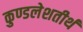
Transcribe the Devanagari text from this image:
कुण्डलेशतीर्थ